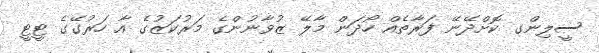
ސީލިންގ ކޮށްދޭނޭ ފަރާތެއް ހޯދަން މާލޭ ޒުވާނުންގެ މަރުކަޒުގެ އާ ހަރުގޭގެ ޓީޓީ